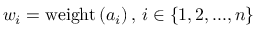
w _ { i } = \mathrm { w e i g h t } \left( a _ { i } \right) , \, i \in \{ 1 , 2 , . . . , n \}